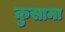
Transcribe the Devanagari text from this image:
कुसामा